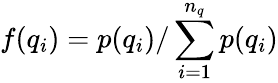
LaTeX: f(q_{i})=p(q_{i})/\sum_{i=1}^{n_{q}}p(q_{i})